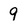
Character: 9